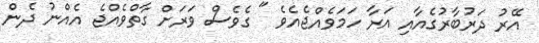
އޭރު ދަރުބާރުގެއާއި އަރާ ހަމަވެއްޖެއެވެ " ގެވެސް ވަރަށް ގާތްވެއްޖެ އެއްނު ދެން